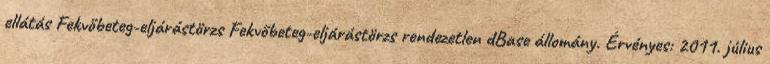
ellátás Fekvőbeteg-eljárástörzs Fekvőbeteg-eljárástörzs rendezetlen dBase állomány. Érvényes: 2011. július